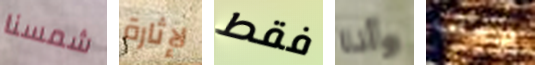
شمسنا لإثارة فقط وأنا الإنجاب